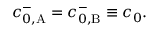
\begin{array} { r } { c _ { 0 , \mathrm { A } } ^ { - } = c _ { 0 , \mathrm { B } } ^ { - } \equiv c _ { 0 } . } \end{array}